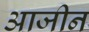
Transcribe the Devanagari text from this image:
आजीन